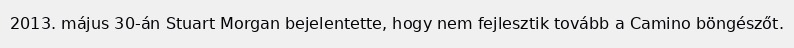
2013. május 30-án Stuart Morgan bejelentette, hogy nem fejlesztik tovább a Camino böngészőt.